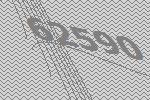
62590